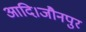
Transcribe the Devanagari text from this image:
आदि।जौनपुर